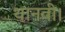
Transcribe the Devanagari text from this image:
थानवी।